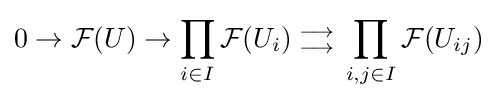
0\to {\mathcal {F}}(U)\to \prod _{i\in I}{\mathcal {F}}(U_{i}){{{} \atop \longrightarrow } \atop {\longrightarrow  \atop {}}}\prod _{i,j\in I}{\mathcal {F}}(U_{ij})